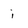
Character: i